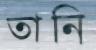
তানি